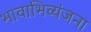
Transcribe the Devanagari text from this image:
भावाभिव्यंजना